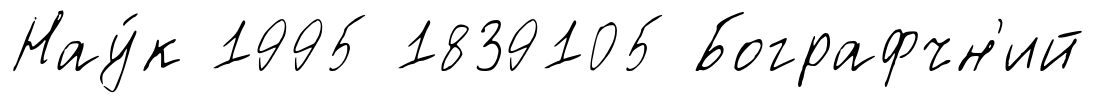
Нау́к 1995 1839105 Бографчн'ий